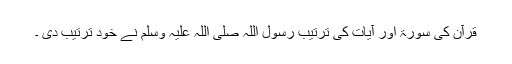
قرآن کی سورۃ‌ اور آیات کی ترتیب رسول اللہ صلی اللہ علیہ وسلم نے خود ترتیب دی ۔